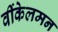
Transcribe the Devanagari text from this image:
वींकेलमन